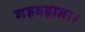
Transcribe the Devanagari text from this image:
गड़बड़ाना।